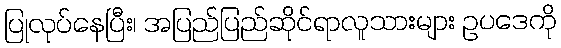
ပြုလုပ်နေပြီး၊ အပြည်ပြည်ဆိုင်ရာလူသားများ ဥပဒေကို